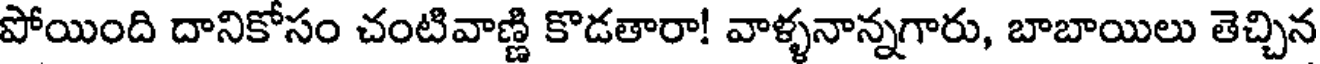
పోయింది దానికోసం చంటివాణ్ణి కొడతారా! వాళ్ళనాన్నగారు, బాబాయిలు తెచ్చిన